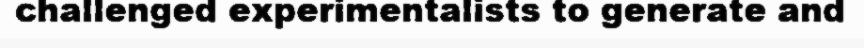
challenged experimentalists to generate and